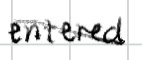
Text: entered
Cross-out: mix
Writing tool: digital_black